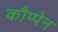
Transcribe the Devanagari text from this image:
कौप्पेन